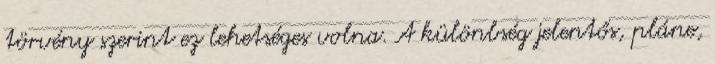
törvény szerint ez lehetséges volna. A különbség jelentős, pláne,